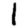
Digit: 1